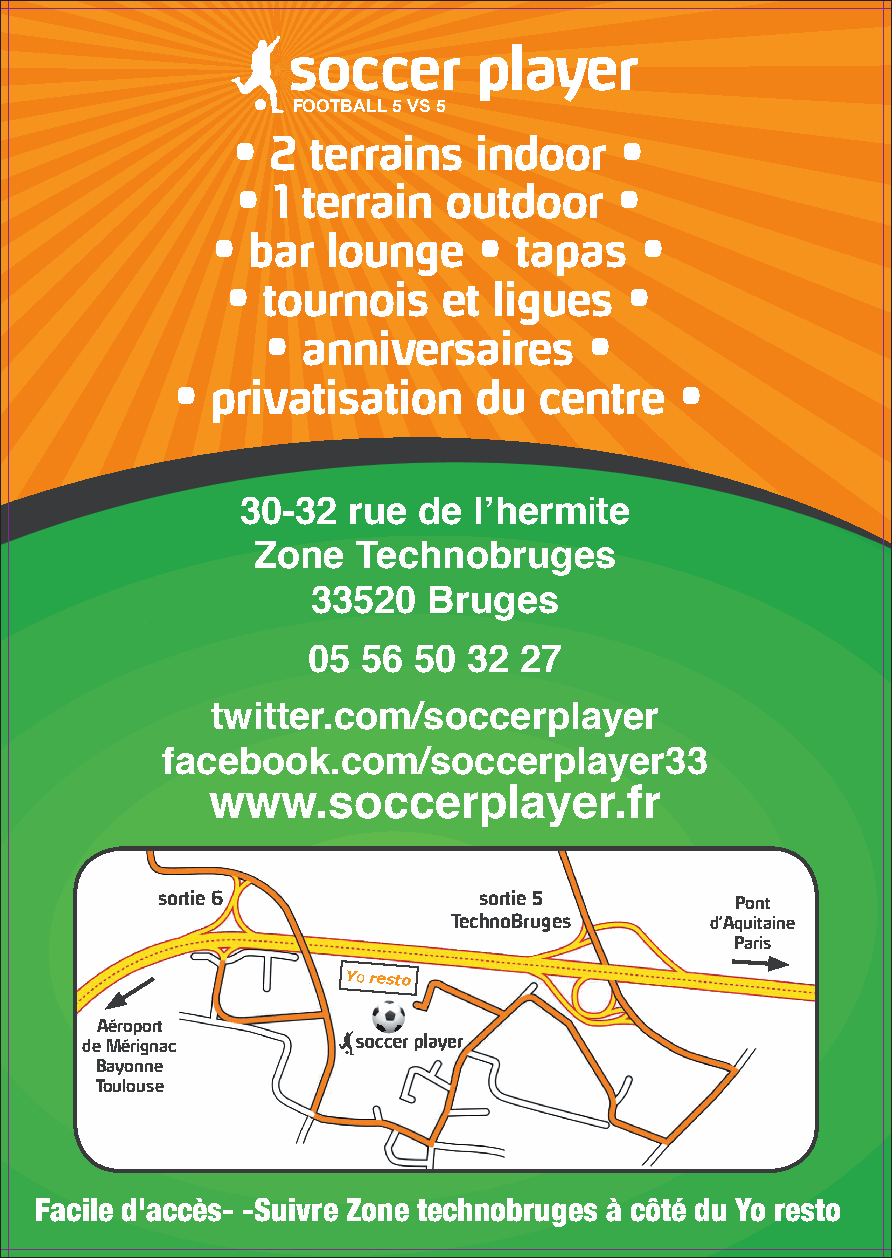
FOOTBALL 5 VS 5
 •  2  terrains   indoor   •
 • 1 terrain   outdoor    •
 •  bar  lounge    • tapas   •
 • tournois    et  ligues  •
 •  anniversaires      •
 •  privatisation    du   centre   •
 30-32  rue  de l’hermite
 Zone   Technobruges
 33520  Bruges
 05  56 50  32 27
 twitter.com/soccerplayer
 facebook.com/soccerplayer33
 www.soccerplayer.fr
 sortie 6              sortie 5         Pont
 TechnoBruges     d’Aquitaine
 Paris
 Yo resto
 Aéroport
 de Mérignac
 Bayonne
 Toulouse
 Facile d'accès- -Suivre Zone technobruges à côté du Yo resto